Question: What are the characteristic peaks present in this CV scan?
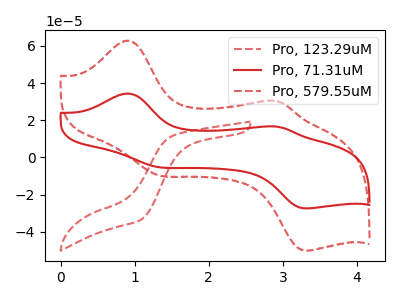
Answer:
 <answer>The red dashed curve "Pro, 123.29uM" has no peaks. The red curve "Pro, 71.31uM" has anodic peaks at (0.90V, 34.35uA) (2.95V, 16.55uA) and cathodic peaks at (1.35V, -5.35uA) (3.35V, -27.45uA). The red dashed curve "Pro, 579.55uM" has anodic peaks at (0.90V, 62.80uA) (2.95V, 30.20uA) and cathodic peaks at (1.35V, -9.80uA) (3.35V, -50.20uA).</answer>
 <eval></eval>